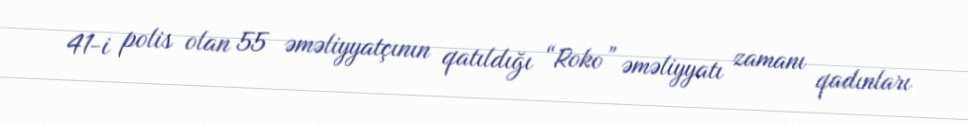
41-i polis olan 55 əməliyyatçının qatıldığı “Roko” əməliyyatı zamanı qadınları